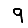
Digit: 9